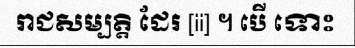
រាជសម្បត្តិ ដែរ [ii] ។ បើ ទោះ